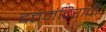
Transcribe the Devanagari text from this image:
दत्तमंदिराची